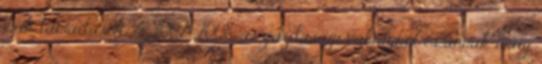
érik támadások. A 2007-2008-as gazdasági válságról és annak máig